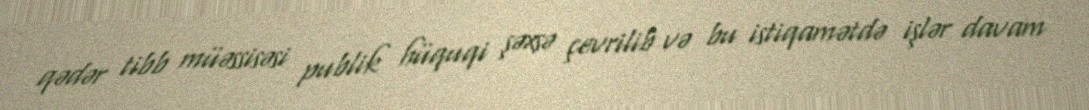
qədər tibb müəssisəsi publik hüquqi şəxsə çevrilib və bu istiqamətdə işlər davam